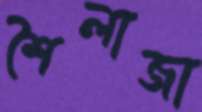
শৈলাজা